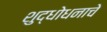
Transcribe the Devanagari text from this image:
शुद्धोधनाचे